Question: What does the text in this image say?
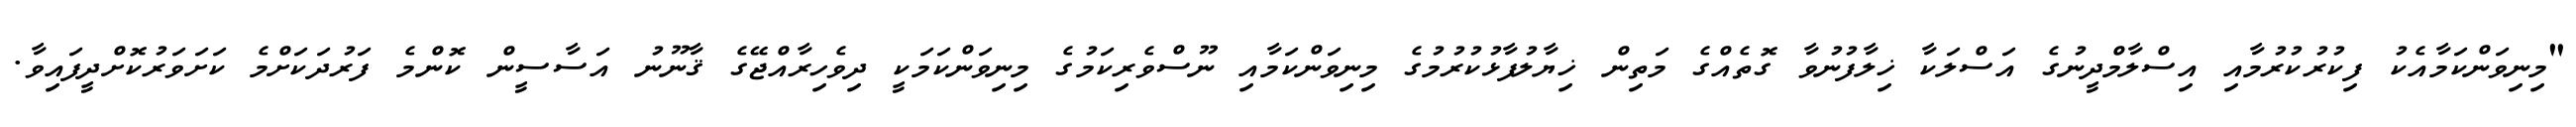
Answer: "މިނިވަންކަމާއެކު ފިކުރުކުރުމާއި އިސްލާމްދީނުގެ އަސްލަކާ ޚިލާފުނުވާ ގޮތެއްގެ މަތިން ޚިޔާލުފާޅުކުރުމުގެ މިނިވަންކަމާއި ނޫސްވެރިކަމުގެ މިނިވަންކަމަކީ ދިވެހިރާއްޖޭގެ ޤާނޫނު އަސާސީން ކޮންމެ ފަރުދަކަށްމެ ކަށަވަރުކޮށްދީފައިވާ.